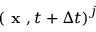
\left( \textbf { x } , t + \Delta t \right) ^ { j }